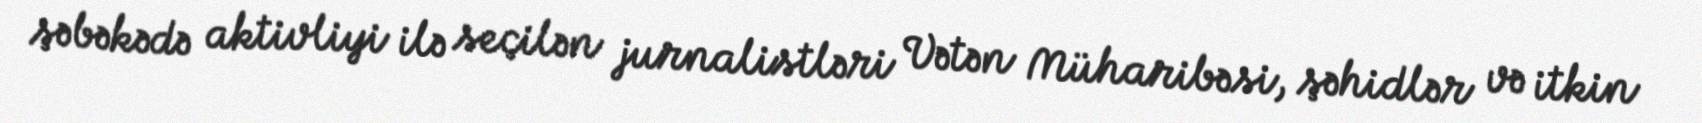
şəbəkədə aktivliyi ilə seçilən jurnalistləri Vətən Müharibəsi, şəhidlər və itkin